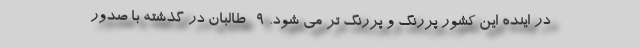
در اینده این کشور پررنگ و پررنگ تر می شود. 9- طالبان در گذشته با صدور